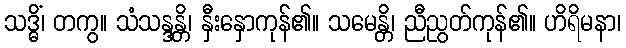
သဒ္ဓိံ၊ တကွ။ သံသန္ဒန္တိ၊ နှီးနှောကုန်၏။ သမေန္တိ၊ ညီညွတ်ကုန်၏။ ဟိရိမနာ၊